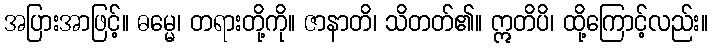
အပြားအာဖြင့်။ ဓမ္မေ၊ တရားတို့ကို။ ဇာနာတိ၊ သိတတ်၏။ ဣတိပိ၊ ထို့ကြောင့်လည်း။